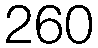
260